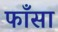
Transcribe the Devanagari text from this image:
फाँसा